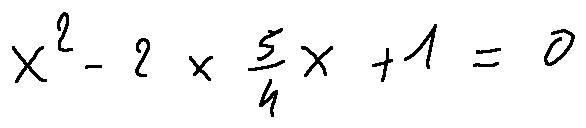
X ^ { 2 } - 2 \times \frac { 5 } { 4 } X + 1 = 0